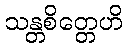
သန္တစိတ္တေဟိ